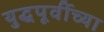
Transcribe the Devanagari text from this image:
युद्धपूर्वीच्या